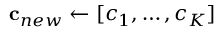
{ \bf c } _ { n e w } \gets [ c _ { 1 } , \ldots , c _ { K } ]